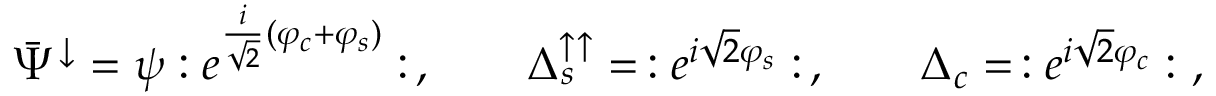
\bar { \Psi } ^ { \downarrow } = \psi : e ^ { \frac { i } { \sqrt { 2 } } ( \varphi _ { c } + \varphi _ { s } ) } : \, , \qquad \Delta _ { s } ^ { \uparrow \uparrow } = \, : e ^ { i \sqrt { 2 } \varphi _ { s } } : \, , \qquad \Delta _ { c } = \, : e ^ { i \sqrt { 2 } \varphi _ { c } } : \ ,